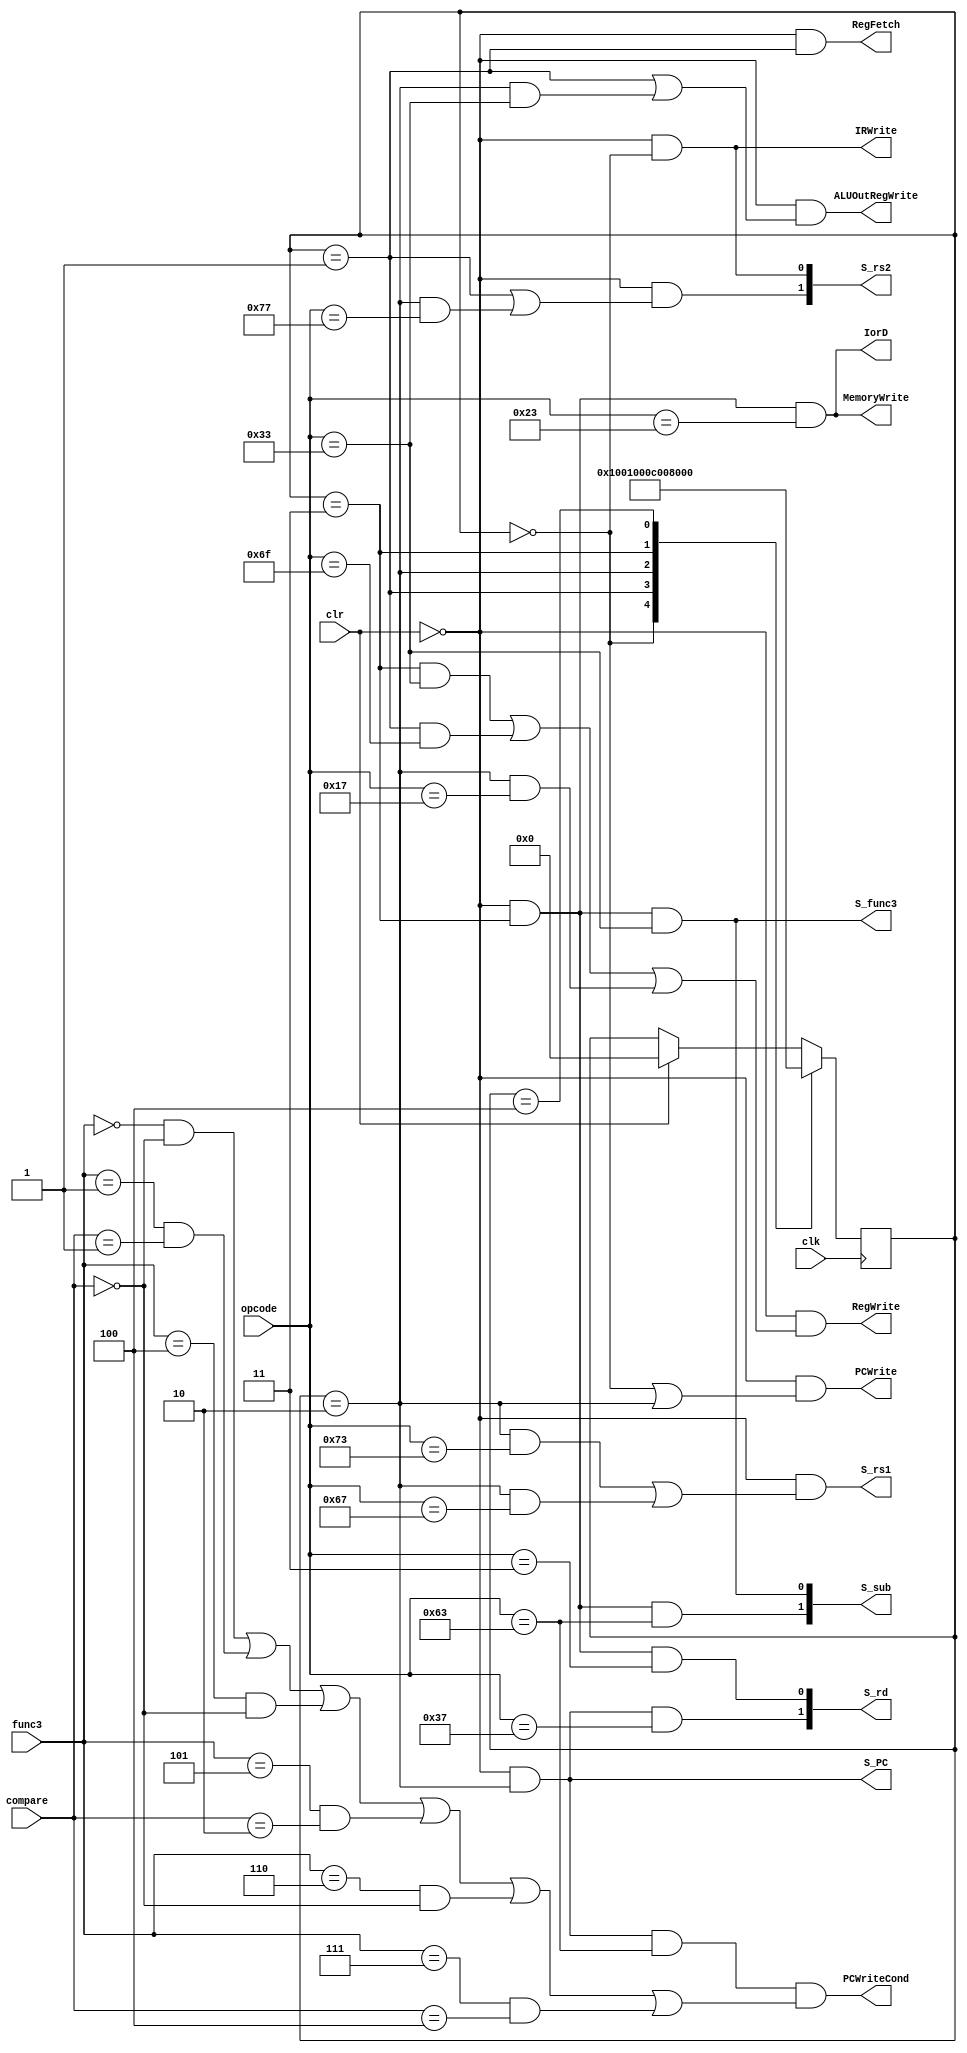
//
module Control (clk, clr, opcode, func3, compare,
    PCWrite, IorD, MemoryWrite, IRWrite, RegFetch, S_rd, RegWrite,
    S_rs1, S_rs2, S_func3, S_sub, ALUOutRegWrite, S_PC, PCWriteCond);
    input clk, clr;
    input [6:0] opcode;
    input [2:0] func3, compare;
    output  PCWrite, IorD, MemoryWrite, IRWrite, RegFetch, RegWrite;
    output  S_rs1, S_func3, ALUOutRegWrite, S_PC, PCWriteCond;
    output  [1:0] S_rs2, S_sub, S_rd;

    reg [12:0] state;

    always @(posedge clk) begin
        if (clr) begin
            state <= 0;
        end
        case (state)
            0: state <= 1;
            1: state <= 2;
            2: state <= 3;
            3: state <= 4;
            4: state <= 0;
        endcase
    end

    assign PCWrite = !clr & ((state==0) | (state==2) & (opcode==7'b1101111 | 7'b1100111));

    assign IorD = !clr & (state==3) & (opcode==(7'b0000011 | 7'b0100011));

    assign MemoryWrite = !clr & (state==3) & (opcode==7'b0100011);

    assign IRWrite = !clr & (state==0);

    assign RegFetch = !clr & (state==1);

    assign S_rd[0] = !clr & (state==3) & (opcode==7'b0000011);
    assign S_rd[1] = !clr & (state==2) & (opcode==(7'b0110111 | 7'b0010111));

    assign RegWrite = !clr & ((state==3) & (opcode==(7'b0110011 | 7'b0010011)) |
        (state==1) & (opcode==(7'b1101111 | 7'b1100111)) |
        (state==2) & (opcode==7'b0010111));

    assign S_rs1 = !clr & ((state==2) & (opcode==(7'b0110011 | 7'b0010011 | 7'b1100011)) |
        (state==2) & (opcode==7'b1100111));

    assign S_rs2[0] = !clr & (state==0);
    assign S_rs2[1] = !clr & (((state==1) |
        (state==2) & (opcode==(7'b0010011 | 7'b0000011 | 7'b0100011 | 7'b1100111))));

    assign S_func3 = !clr & (state==3) & (opcode==(7'b0110011 | 7'b0010011));

    assign S_sub[0] = !clr & (state==3) & (opcode==(7'b0110011 | 7'b0010011));
    assign S_sub[1] = !clr & (state==3) & (opcode==7'b1100011);

    assign ALUOutRegWrite = !clr & ((state==1) |
        (state==2) & (opcode==(7'b0110011 | 7'b0010011 | 7'b0000011 | 7'b0100011)));

    assign S_PC = !clr & (state==2) & (opcode==7'b1101111 | 7'b1100111);

    assign PCWriteCond = !clr & (state==2) & (opcode==7'b1100011) &
        ((func3==0) & (compare==0) | (func3==1) & (compare==1) |
         (func3==4) & (compare==0) | (func3==5) & (compare==2) |
         (func3==6) & (compare==0) | (func3==7) & (compare==4));
    
    /*case (opcode)
        0110011: begin  //R-typearithmetic logic operation
            assign PCWrite = !clr & state==0;
            assign IorD = 0;
            assign MemoryWrite = 0;
            assign MemoryRead = !clr & state==0;
            assign IRWrite = 0;
            assign ALUOutRegWrite = 0;
            assign S_rs1 = !clr & state!=0;
            assign S_rs2 = (!clr & (state==0)) ? 2'b01 : 2'b00;   // 2-bit
            assign Regwrite = !clr & (state==3);
            assign S_func3 = !clr & (state!=0) ;
            assign S_PC = !clr & (state==0);
            assign Branch = 0;
        end
        0010011: begin  //I-typearithmetic logic operation
            assign PCWrite = !clr & state==0;
            assign IorD = 0;
            assign MemoryWrite = 0;
            assign MemoryRead = !clr & state==0;
            assign IRWrite = 0;
            assign ALUOutRegWrite = 0;
            assign S_rs1 = !clr & state!=0;
            assign S_rs2 = (!clr & (state==0)) ? 2'b11 : 2'b00;
            assign Regwrite = !clr & (state==3);
            assign S_func3 = !clr & (state!=0) ;
            assign S_PC = !clr & (state==0);
            assign Branch = 0;
        end
        0000011: begin  //I-typeLoad
            
        end
        0100011: begin  //I-typeStore
            
        end
        1100011: begin  //B-typeBranch
            
        end
        1101111: begin  //J-typeJump And Link
            
        end
        1100111: begin  //J-typeJump And Link
            
        end
        0110111: begin  //U-typeLoad Upper Imm Upper Imm
            
        end
        0010111: begin  //U-typeAdd Upper Imm to PC Upper Imm  PC
            
        end
        1110011: begin  //I-typeEnvironment Call and Environment Break
            
        end
    endcase*/
endmodule